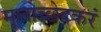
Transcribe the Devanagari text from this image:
मूलोच्छेदकरं